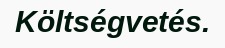
Költségvetés.